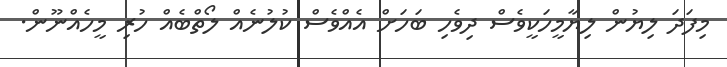
މިފަދަ ލިޔުން ލިޔާމީހަކީވެސް ދިވެހި ބަހަަށް އެއްވެސް ކުލުނެއް ލޯތްބެއް ހުރި މީހެއްނޫން.